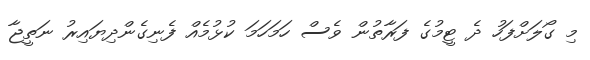
މި ގޯލަށްފަހު ދެ ޓީމުގެ ފަރާތުން ވެސް ހަމަހަމަ ކުޅުމެއް ފެނިގެންދިޔައިރު ނަތީޖާ